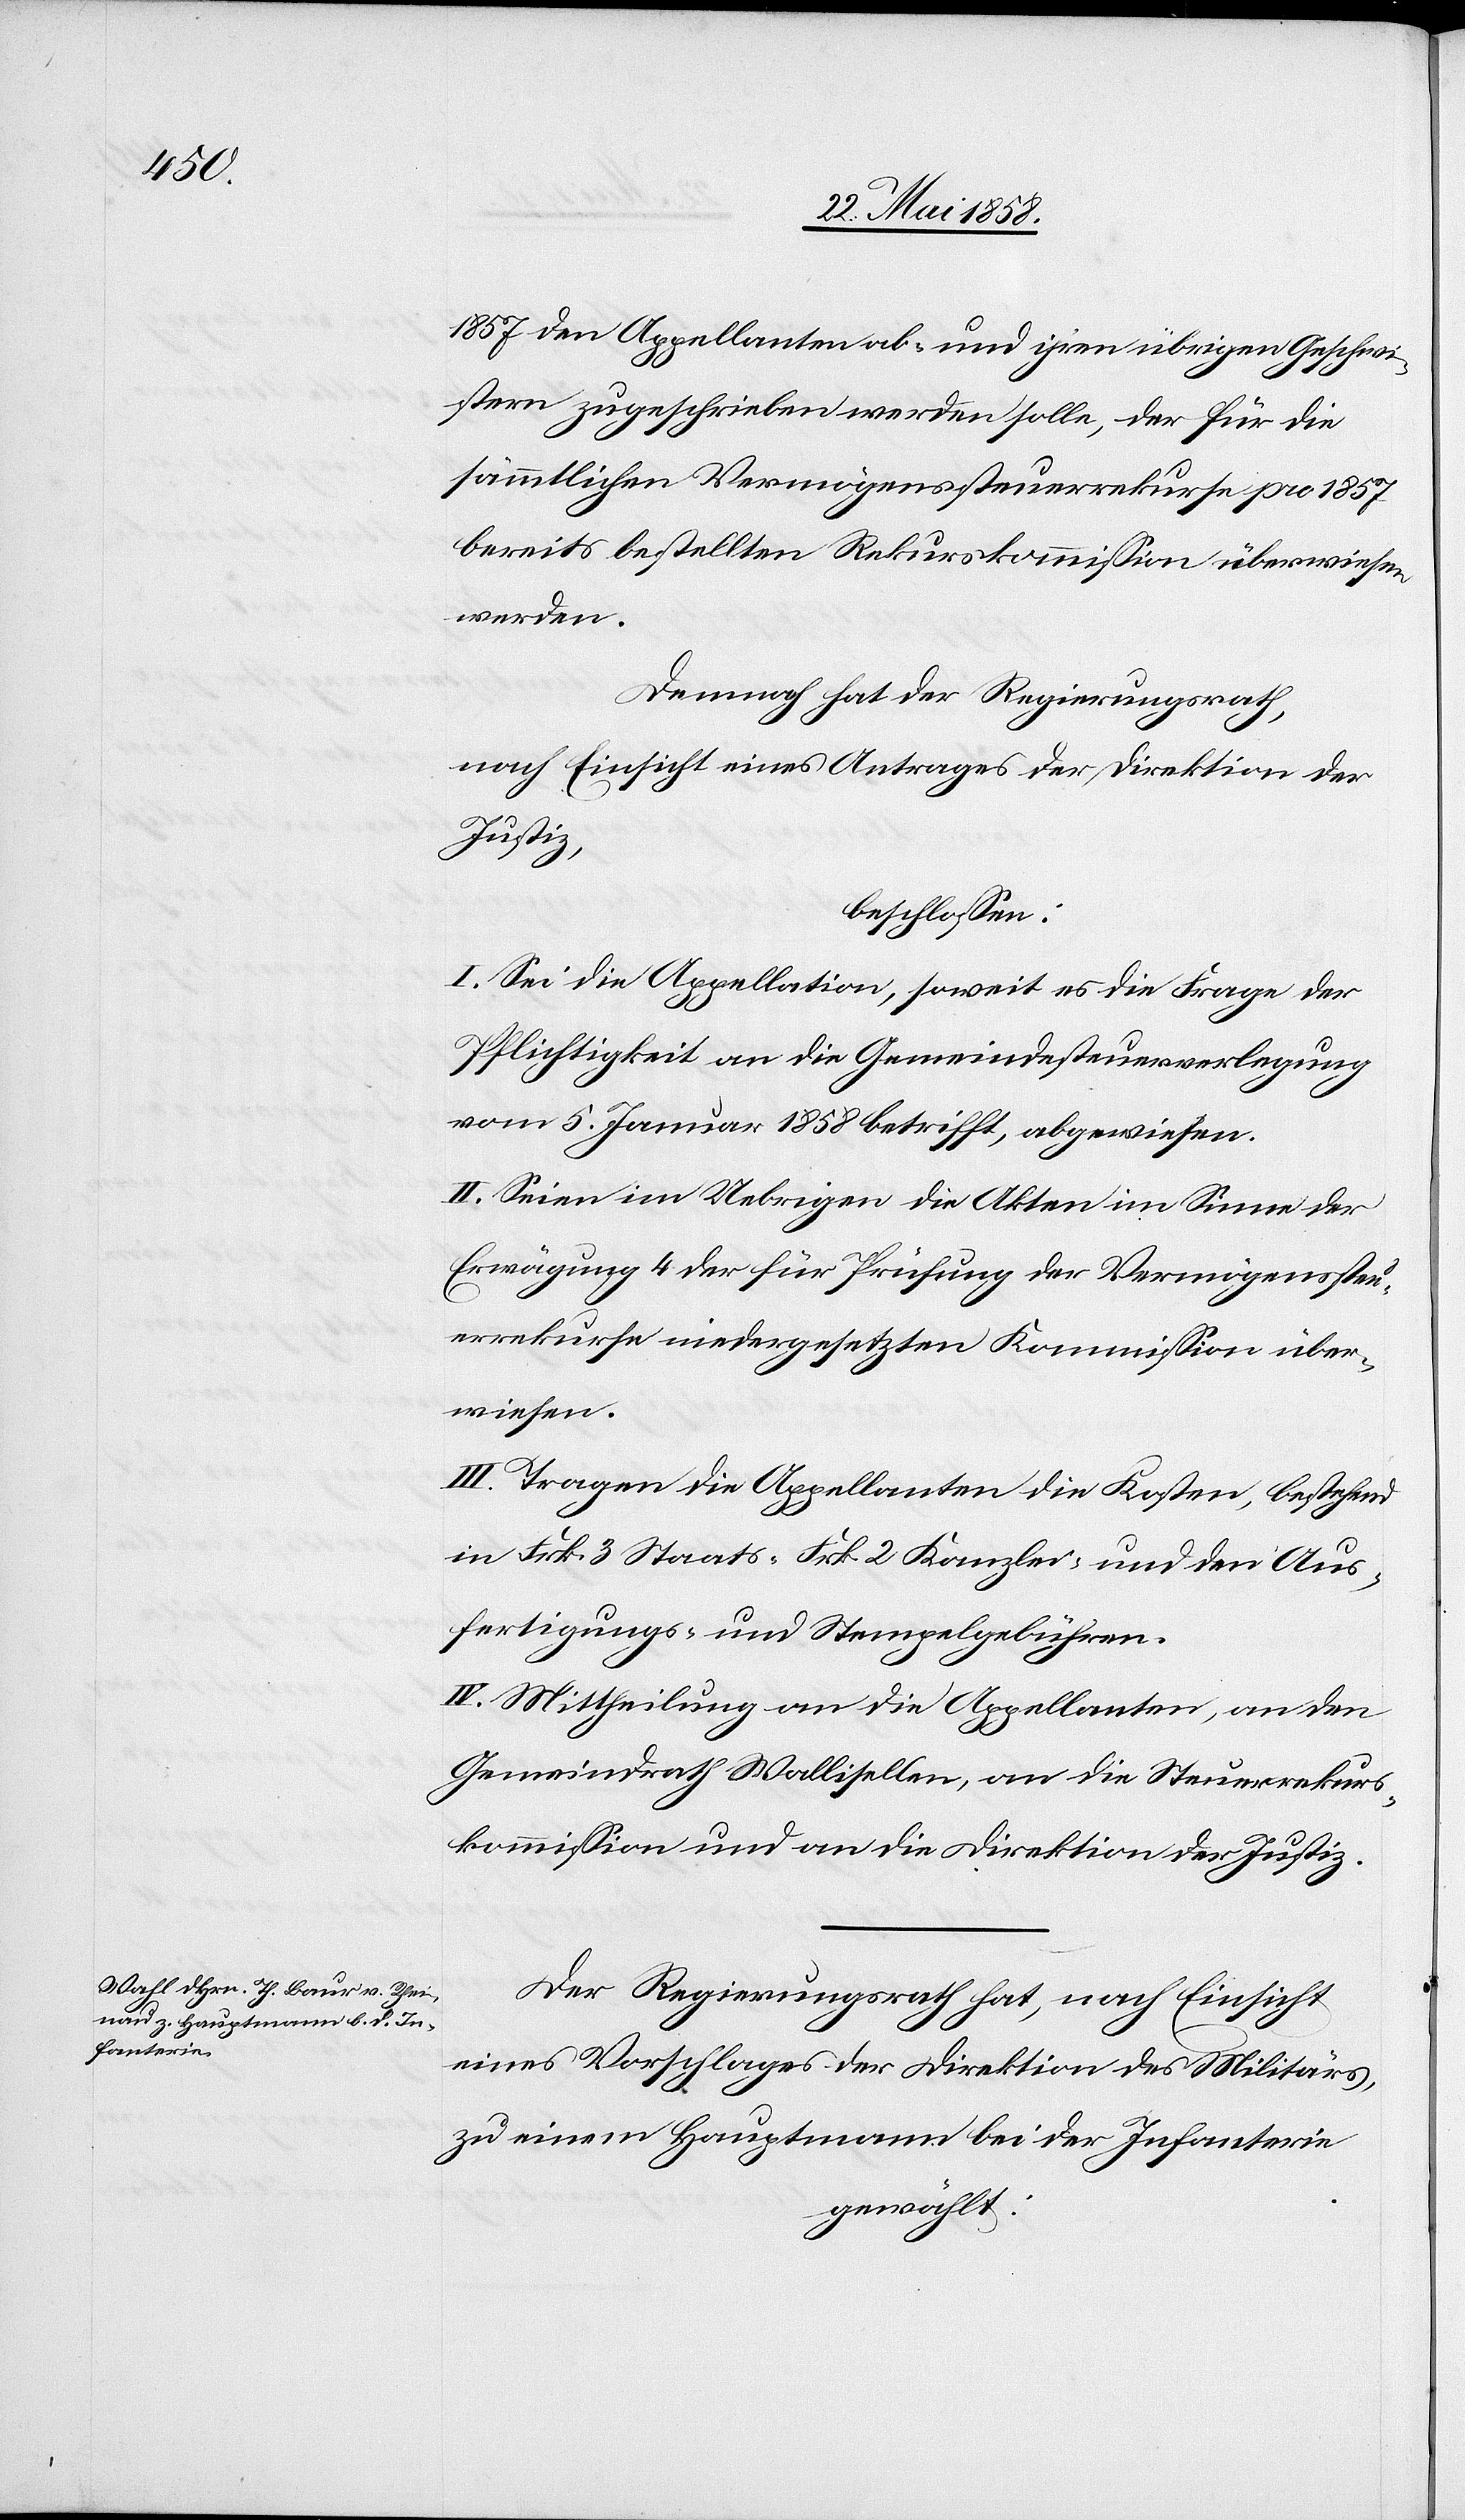
1857 den Appellanten ab- und ihren übrigen Geschwi¬
stern zugeschrieben werden solle, der für die
sämmtlichen Vermögenssteuerrekurse pro 1857
bereits bestellten Rekurskommission überwiesen
werden.
Demnach hat der Regierungsrath,
nach Einsicht eines Antrages der Direktion der
Justiz,
beschlossen:
I. Sei die Appellation, soweit es die Frage der
Pflichtigkeit an die Gemeindesteuerverlegung
vom 5. Januar 1858 betrifft, abgewiesen.
II. Seien im Uebrigen die Akten im Sinne der
Erwägung 4 der für Prüfung der Vermögenssteu¬
errekurse niedergesetzten Kommission über¬
wiesen.
III. Tragen die Appellanten die Kosten, bestehend
in Frk. 3 Staats-[,] Frk. 2 Kanzlei- und den Aus¬
fertigungs- und Stempelgebühren.
IV. Mittheilung an die Appellanten, an den
Gemeindrath Wallisellen, an die Steuerrekurs¬
kommission und an die Direktion der Justiz.
Der Regierungsrath hat, nach Einsicht
eines Vorschlages der Direktion des Militärs,
zu einem Hauptmann bei der Infanterie
gewählt: